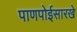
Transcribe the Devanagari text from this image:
पाणपोईसारखे